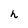
Character: h